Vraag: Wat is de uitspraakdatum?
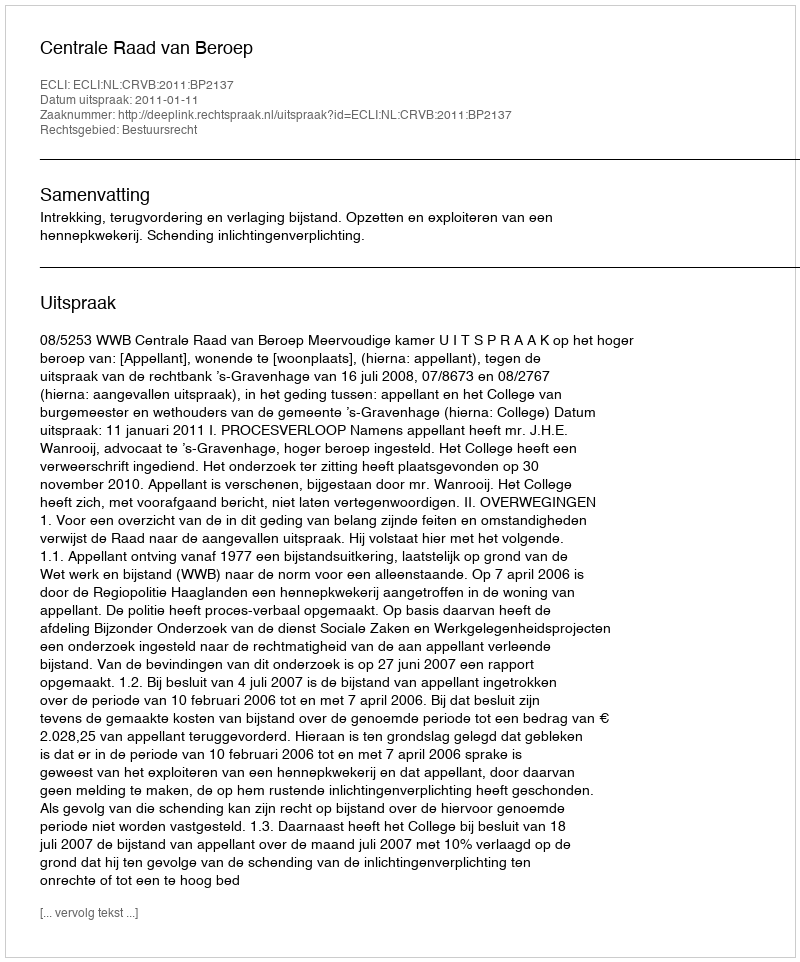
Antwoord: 2011-01-11